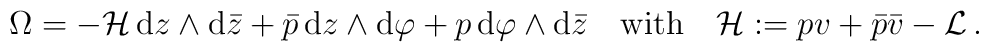
\Omega=-{\cal H}\,\mbox{d}z\wedge\mbox{d}\bar{z}+\bar{p}\,\mbox{d}z\wedge\mbox{d}\varphi+p\,\mbox{d}\varphi\wedge\mbox{d}\bar{z}\quad\mbox{with}\quad {\cal H}:=pv+\bar{p}\bar{v}-{\cal L}\,.